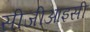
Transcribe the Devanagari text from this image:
सीजीआइसी